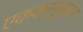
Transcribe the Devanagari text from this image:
एककानुसार